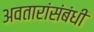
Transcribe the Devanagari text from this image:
अवतारांसंबंधी